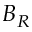
B _ { R }